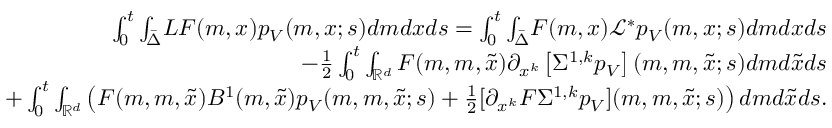
\begin{array} { r l r } & { } & { \int _ { 0 } ^ { t } { \int _ { \bar { \Delta } } } { \cal L } F ( m , x ) p _ { V } ( m , x ; s ) d m d x d s = \int _ { 0 } ^ { t } { \int _ { \bar { \Delta } } } F ( m , x ) \mathcal { L } ^ { * } p _ { V } ( m , x ; s ) d m d x d s } \\ & { } & { { - \frac { 1 } { 2 } \int _ { 0 } ^ { t } \int _ { { \mathbb R } ^ { d } } F ( m , m , \tilde { x } ) \partial _ { x ^ { k } } \left[ \Sigma ^ { 1 , k } p _ { V } \right] ( m , m , \tilde { x } ; s ) d m d \tilde { x } d s } } \\ & { } & { + \int _ { 0 } ^ { t } \int _ { \mathbb { R } ^ { d } } \left( F ( m , m , \tilde { x } ) B ^ { 1 } ( m , \tilde { x } ) p _ { V } ( m , m , \tilde { x } ; s ) + \frac { 1 } { 2 } [ \partial _ { x ^ { k } } F \Sigma ^ { 1 , k } p _ { V } ] ( m , m , \tilde { x } ; s ) \right) d m d \tilde { x } d s . } \end{array}